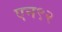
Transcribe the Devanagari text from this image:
एन९२